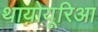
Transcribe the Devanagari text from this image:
थायोयूरिआ